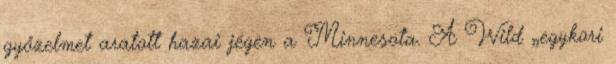
győzelmet aratott hazai jégen a Minnesota. A Wild „egykori